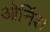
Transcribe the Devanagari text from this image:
ओर्निश